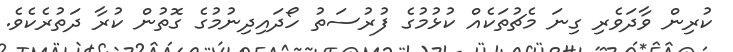
ކުރިން ވާދަވެރި ގިނަ މެޗުތަކެއް ކުޅުމުގެ ފުރުސަތު ހޯދައިދިނުމުގެ ގޮތުން ކުރާ ދަތުރެކެވެ.